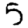
Digit: 5